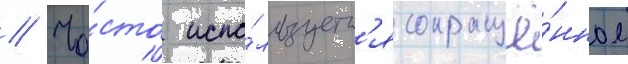
// Ча́сто испо́льзуетс'я сокращё́нное